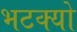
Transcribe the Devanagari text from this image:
भटक्‍यो